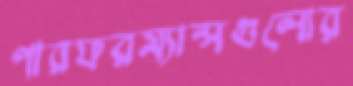
পারফরম্যান্সগুলোর